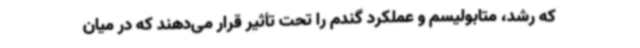
که رشد، متابولیسم و عملکرد گندم را تحت تأثیر قرار می‌دهند که در میان